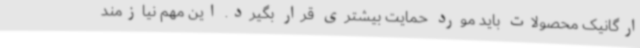
ارگانیک محصولات باید مورد حمایت بیشتری قرار بگیرد. این مهم نیازمند